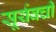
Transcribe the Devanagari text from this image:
सूर्यवची